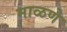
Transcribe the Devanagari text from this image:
माळणे